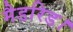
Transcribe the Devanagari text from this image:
मैडरिड।